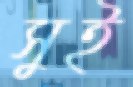
সুই